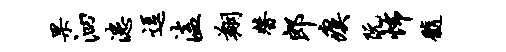
果泗漶逗溘翔替郎瘼阮怖髓